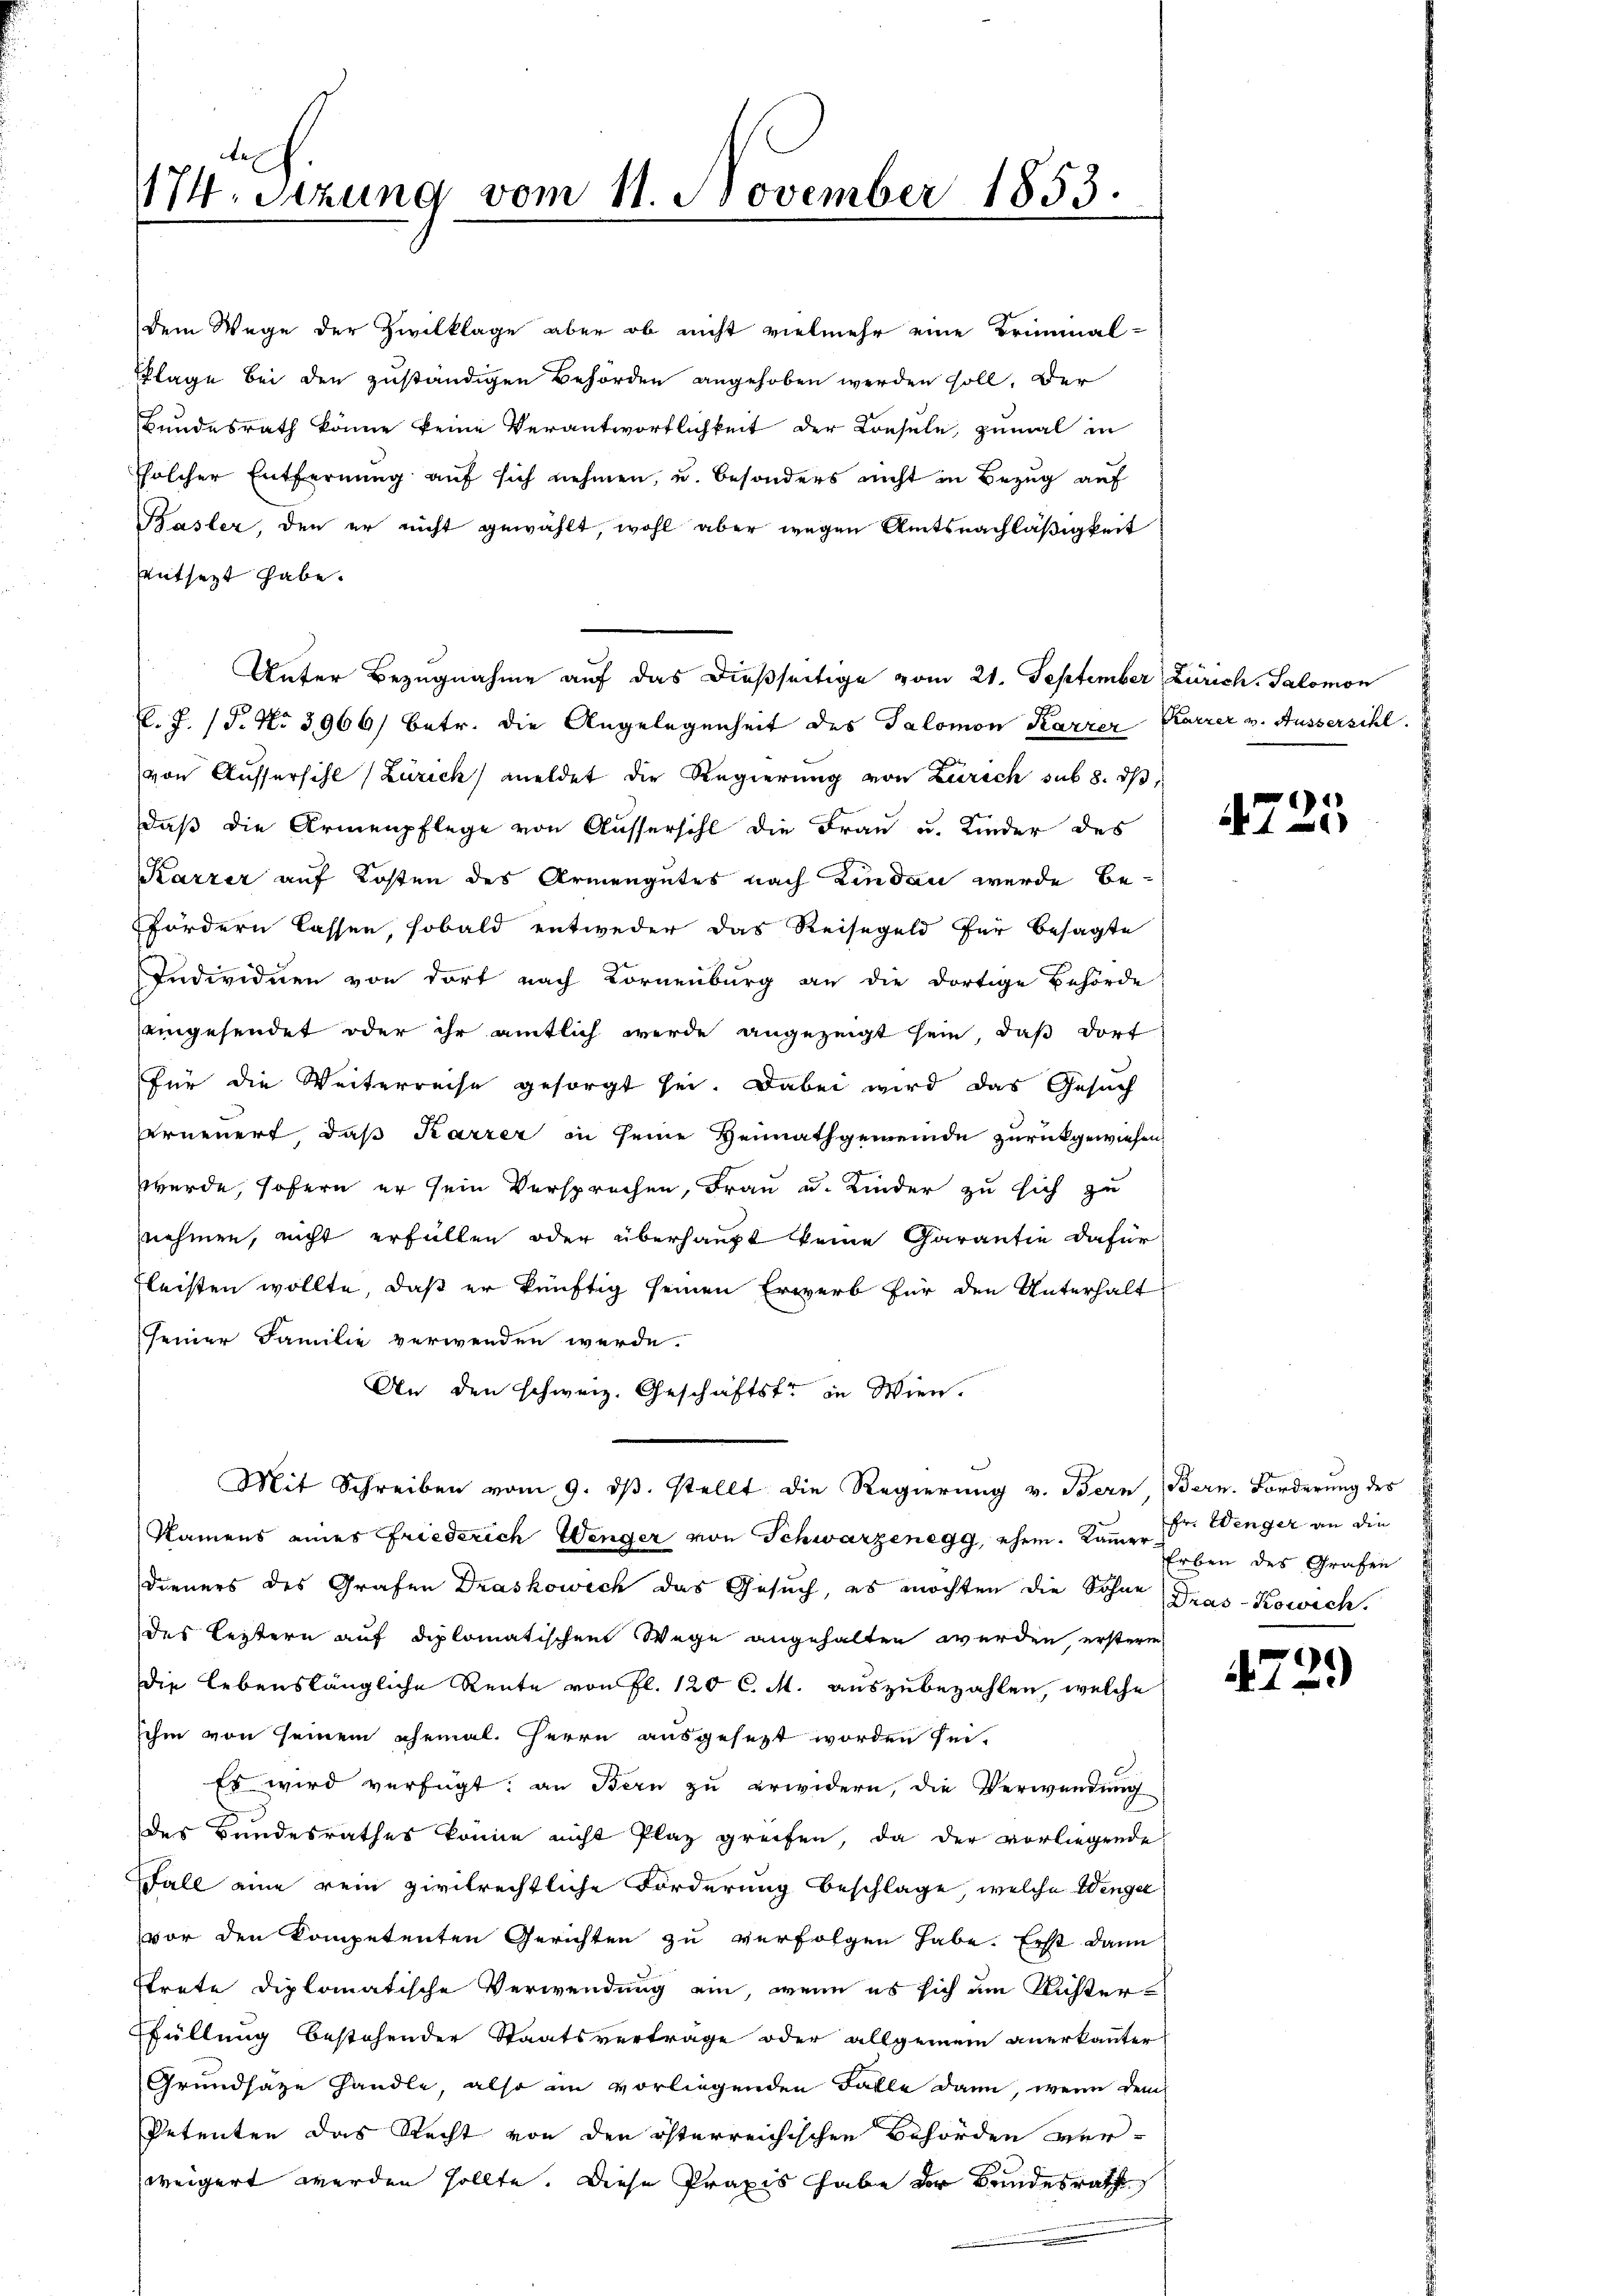
474. Sitzung vom 11. November 1853.

dem Wege der Zivilklage aber ob nicht vielmehr eine Brüninal-
flage bei den zuständigen Behörden angehoben werden soll. Der
Bundesrath könne keine Verantwortlichkeit der Konsule, zumal in
solcher Entfernung auf sich nehmen, u. besonders nicht in Bezug auf
Basler, den er nicht gewählt, wohl aber wegen Amtsnachläßigkeit
entsetzt habe.
Unter Bezugnahme auf das dießseitige vom 21. September, Zürich, Salomon
K. J. (T. No 3966) betr. die Angelegenheit des Salomon Karrer Karrer v. Aussersihl.
von Aussersihl (Zürich meldet die Regierung von Zürich sub 8. dβ,
daß die Armenpflege von Aussersihl die Frau u. Kinder des
Karzer auf Kosten des Armengutes nach Lindau wurde befördern lassen, sobald entweder das Reisegeld für besagte
Individuen von dort nach Cornenburg an die dortige Behörde
eingesendet oder ihr amtlich werde angezeigt sein, daß dort
für die Weiterreise gesorgt sei. Dabei wird das Gesuch
verneuert, daß Karrer in seine Heimathgemeinde zurückgewiesen,
wurde, sofern er sein Versprechen, Frau u. Kinder zu sich zu
nehmen, nicht erfüllen oder überhaupt keine Garantie dafür
fleisten wollte, daß er künftig seinen Erwerb für den Unterhalt
seiner Familie verwenden werde.
An den schweiz. Geschäftstr in Wien.
Mit Schreiben vom 9. dβ. stellt die Regierŭng v. Bern, Bern. Forderŭng des
Namens eines Friederich Wenger von Schwarzenegg, ehem. Kamer Dr. Wenger an die
Dieners des Grafen Draskowich das Gesuch, es möchten die Sohne Dras-Kowich.
des Leistern auf diplomatischen Wege angehalten werden, ersterm
Die lebenslängliche Rente von fl. 120 C. M. auszubezahlen, welche
sehen von seinem ehemal. Herrn ausgesezt worden sei.
Es wird verfügt: an Bern zu erwidern, die Verwendung
des Bundesrathes könne nicht Plaz greifen, da der vorliegende
Fall eine rein zivilrechtliche Forderung beschlage, welche Wenger
vor den kompetenten Gerichten zu verfolgen habe. Erst dann
Etrete diplomatische Verwendung ein, wenn es sich um Richter¬
Pfüllung bestehender Staatsvertrage oder allgemein anerkannter
Grundsaze handle, also in vorliegenden Falle dann, wenn den
Petenten das Recht von den österreichischen Behörden ver-
weigert werden sollte. Diese Praxis habe der Bundesrath

4725

Erben des Grafen

e
 1